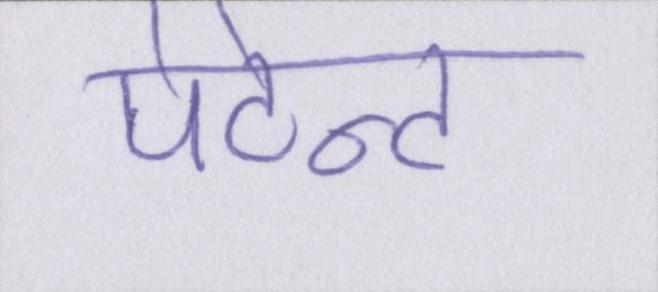
पेटेन्ट